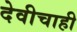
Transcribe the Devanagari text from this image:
देवीचाही